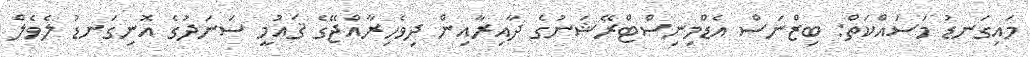
މައިގަނޑު މަސައްކަތް: ބިޒްނަސް އެޑްމިނިސްޓްރޭޝަނުގެ ދާއިރާއިން ދިވެހިރާއްޖޭގެ ޤައުމީ ސަނަދުގެ އޮނިގަނޑު ލެވެލް